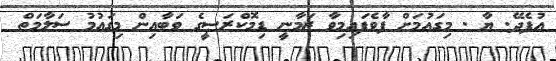
އުފެދޭ. ޔާ . މިގައުމަށް ފާވެފައިމިވާ ޒަމާނީ ޑިމޮކްރަސީގެ ވަބާއިން މިގައުމު ސަލާމަތް